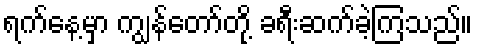
ရက်နေ့မှာ ကျွန်တော်တို့ ခရီးဆက်ခဲ့ကြသည်။